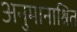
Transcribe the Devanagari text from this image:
अनुमानाश्रित